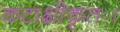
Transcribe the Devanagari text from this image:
कटाक्षीकृतः।